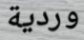
وردية